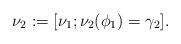
LaTeX: \begin{align*}\nu_2:=[\nu_1;\nu_2(\phi_1)=\gamma_2].\end{align*}